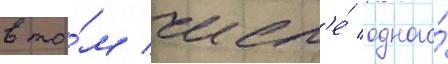
в то́м числ'е́ одного́